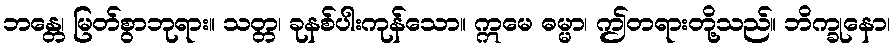
ဘန္တေ၊ မြတ်စွာဘုရား။ သတ္တ၊ ခုနစ်ပါးကုန်သော။ ဣမေ ဓမ္မာ၊ ဤတရားတို့သည်။ ဘိက္ခုနော၊